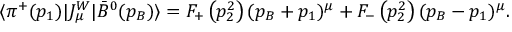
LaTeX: \langle \pi ^ { + } ( p _ { 1 } ) | J _ { \mu } ^ { W } | \bar { B } ^ { 0 } ( p _ { B } ) \rangle = F _ { + } \left( p _ { 2 } ^ { 2 } \right) ( p _ { B } + p _ { 1 } ) ^ { \mu } + F _ { - } \left( p _ { 2 } ^ { 2 } \right) ( p _ { B } - p _ { 1 } ) ^ { \mu } .